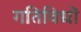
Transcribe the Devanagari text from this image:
गतिविधों